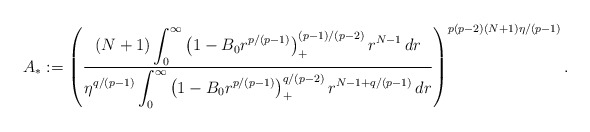
\begin{align*}A_*:=\left(\frac{\displaystyle{(N+1)\int_0^{\infty}\left(1-B_0r^{p/(p-1)}\right)_+^{(p-1)/(p-2)}r^{N-1}\,dr}}{\displaystyle{\eta^{q/(p-1)}\int_0^{\infty}\left(1-B_0r^{p/(p-1)}\right)_+^{q/(p-2)}r^{N-1+q/(p-1)}\,dr}}\right)^{p(p-2)(N+1)\eta/(p-1)}.\end{align*}